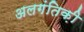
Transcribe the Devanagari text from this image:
अलगंतिक़ी